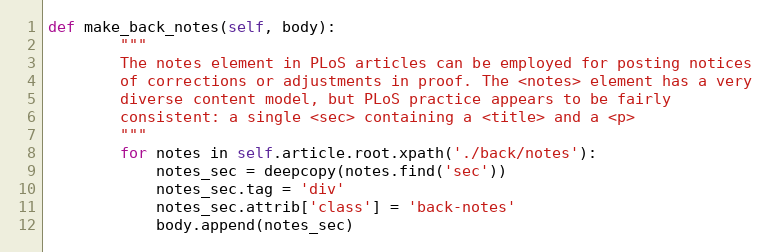
Language: Python
def make_back_notes(self, body):
        """
        The notes element in PLoS articles can be employed for posting notices
        of corrections or adjustments in proof. The <notes> element has a very
        diverse content model, but PLoS practice appears to be fairly
        consistent: a single <sec> containing a <title> and a <p>
        """
        for notes in self.article.root.xpath('./back/notes'):
            notes_sec = deepcopy(notes.find('sec'))
            notes_sec.tag = 'div'
            notes_sec.attrib['class'] = 'back-notes'
            body.append(notes_sec)